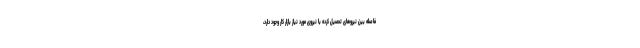
فاصله بین نیروهای تحصیل کرده با نیروی مورد نیاز بازار کار وجود دارد،